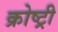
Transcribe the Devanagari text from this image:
क्रोष्ट्री